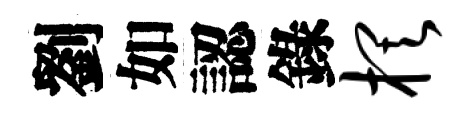
劉如認錄棋